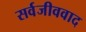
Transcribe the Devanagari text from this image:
सर्वजीववाद